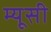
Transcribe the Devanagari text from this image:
म्यूसी